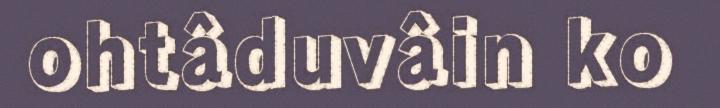
ohtâduvâin ko